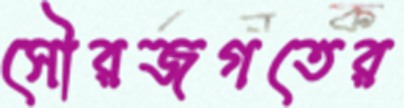
সৌরজগতের